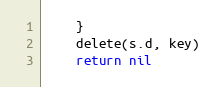
Language: Go
	}
	delete(s.d, key)
	return nil